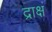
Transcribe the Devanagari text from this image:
द्राक्षं